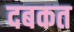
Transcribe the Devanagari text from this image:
दबकत